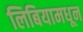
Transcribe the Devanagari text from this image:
लिबियामधून